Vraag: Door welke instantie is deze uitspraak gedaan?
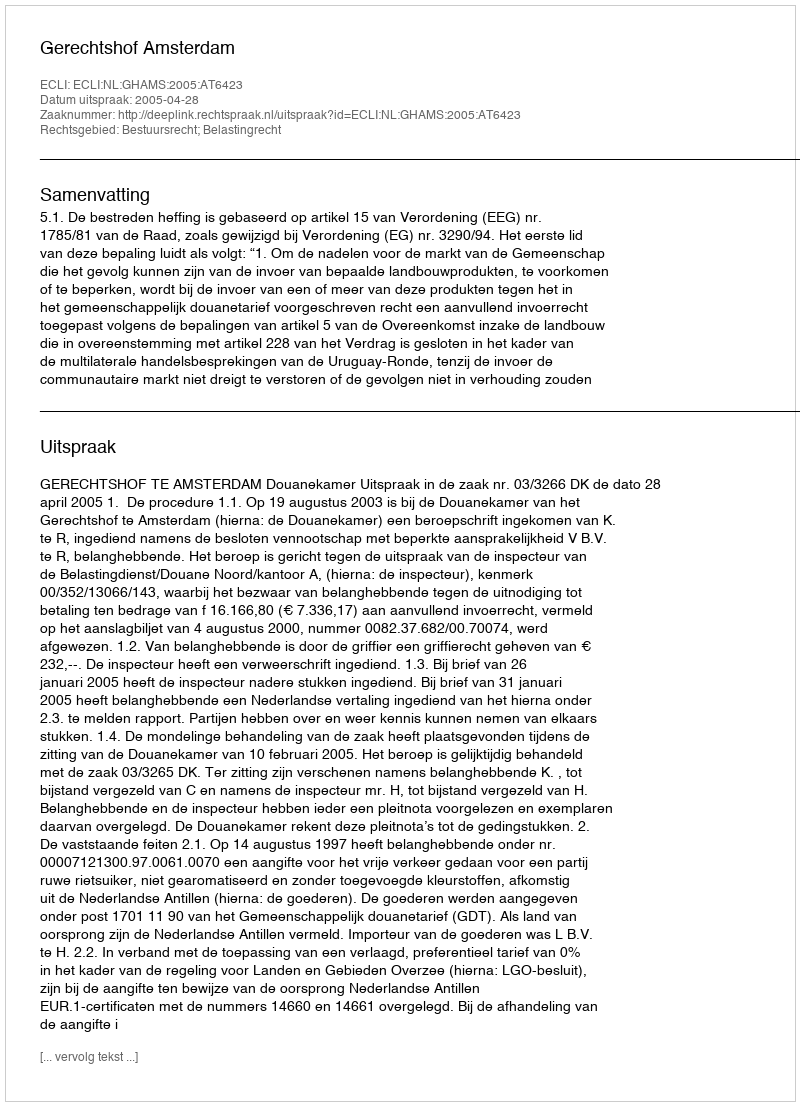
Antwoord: Gerechtshof Amsterdam